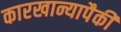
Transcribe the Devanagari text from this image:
कारखान्यापैकी